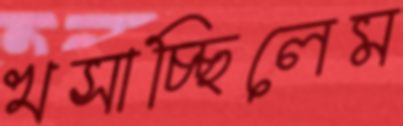
খসাচ্ছিলেম